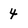
Character: 4